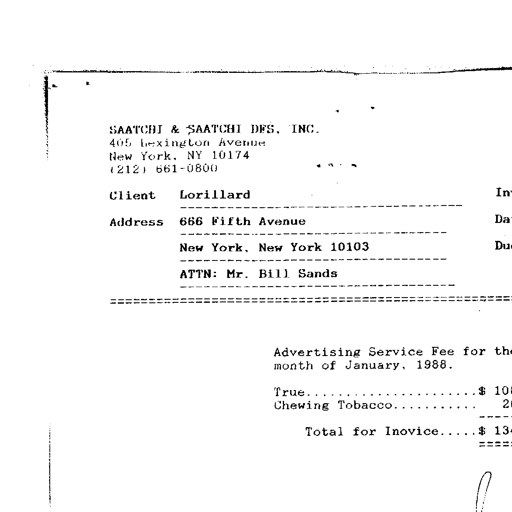
SAATCHI & SAATCHI DFS. INC.
405 Lexington Avenue
New York. NY 10174
(212) 661-0800

Client Lorillard
----------------------------------------------------------------------
Address 666 Fifth Avenue
----------------------------------------------------------------------
New York, New York 10103
----------------------------------------------------------------------
ATTN: Mr. Bill Sands
----------------------------------------------------------------------
======================================================================

Advertising Service Fee for the
month of January, 1988.

True............................ $ 108
Chewing Tobacco................. 26

Total for Invoice..... $ 134
=====